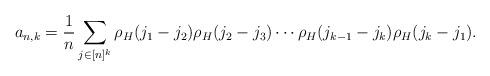
LaTeX: \begin{align*} a_{n,k}= \frac1n\sum_{j\in[n]^k} \rho_H(j_1-j_2)\rho_H(j_2-j_3)\cdots\rho_H(j_{k-1}-j_k)\rho_H(j_k-j_1). \end{align*}